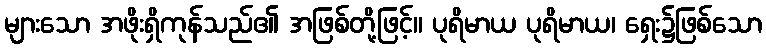
များသော အဖိုးရှိကုန်သည်၏ အဖြစ်တို့ဖြင့်။ ပုရိမာယ ပုရိမာယ၊ ရှေး၌ဖြစ်သော